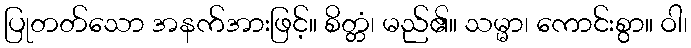
ပြုတတ်သော အနက်အားဖြင့်။ စိတ္တံ၊ မည်၏။ သမ္မာ၊ ကောင်းစွာ။ ဝါ၊